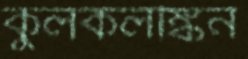
কুলকলঙ্কিন